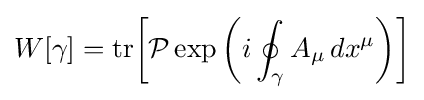
W[\gamma ]={\text{tr}}{\bigg [}{\mathcal {P}}\exp {\bigg (}i\oint _{\gamma }A_{\mu }\,dx^{\mu }{\bigg )}{\bigg ]}